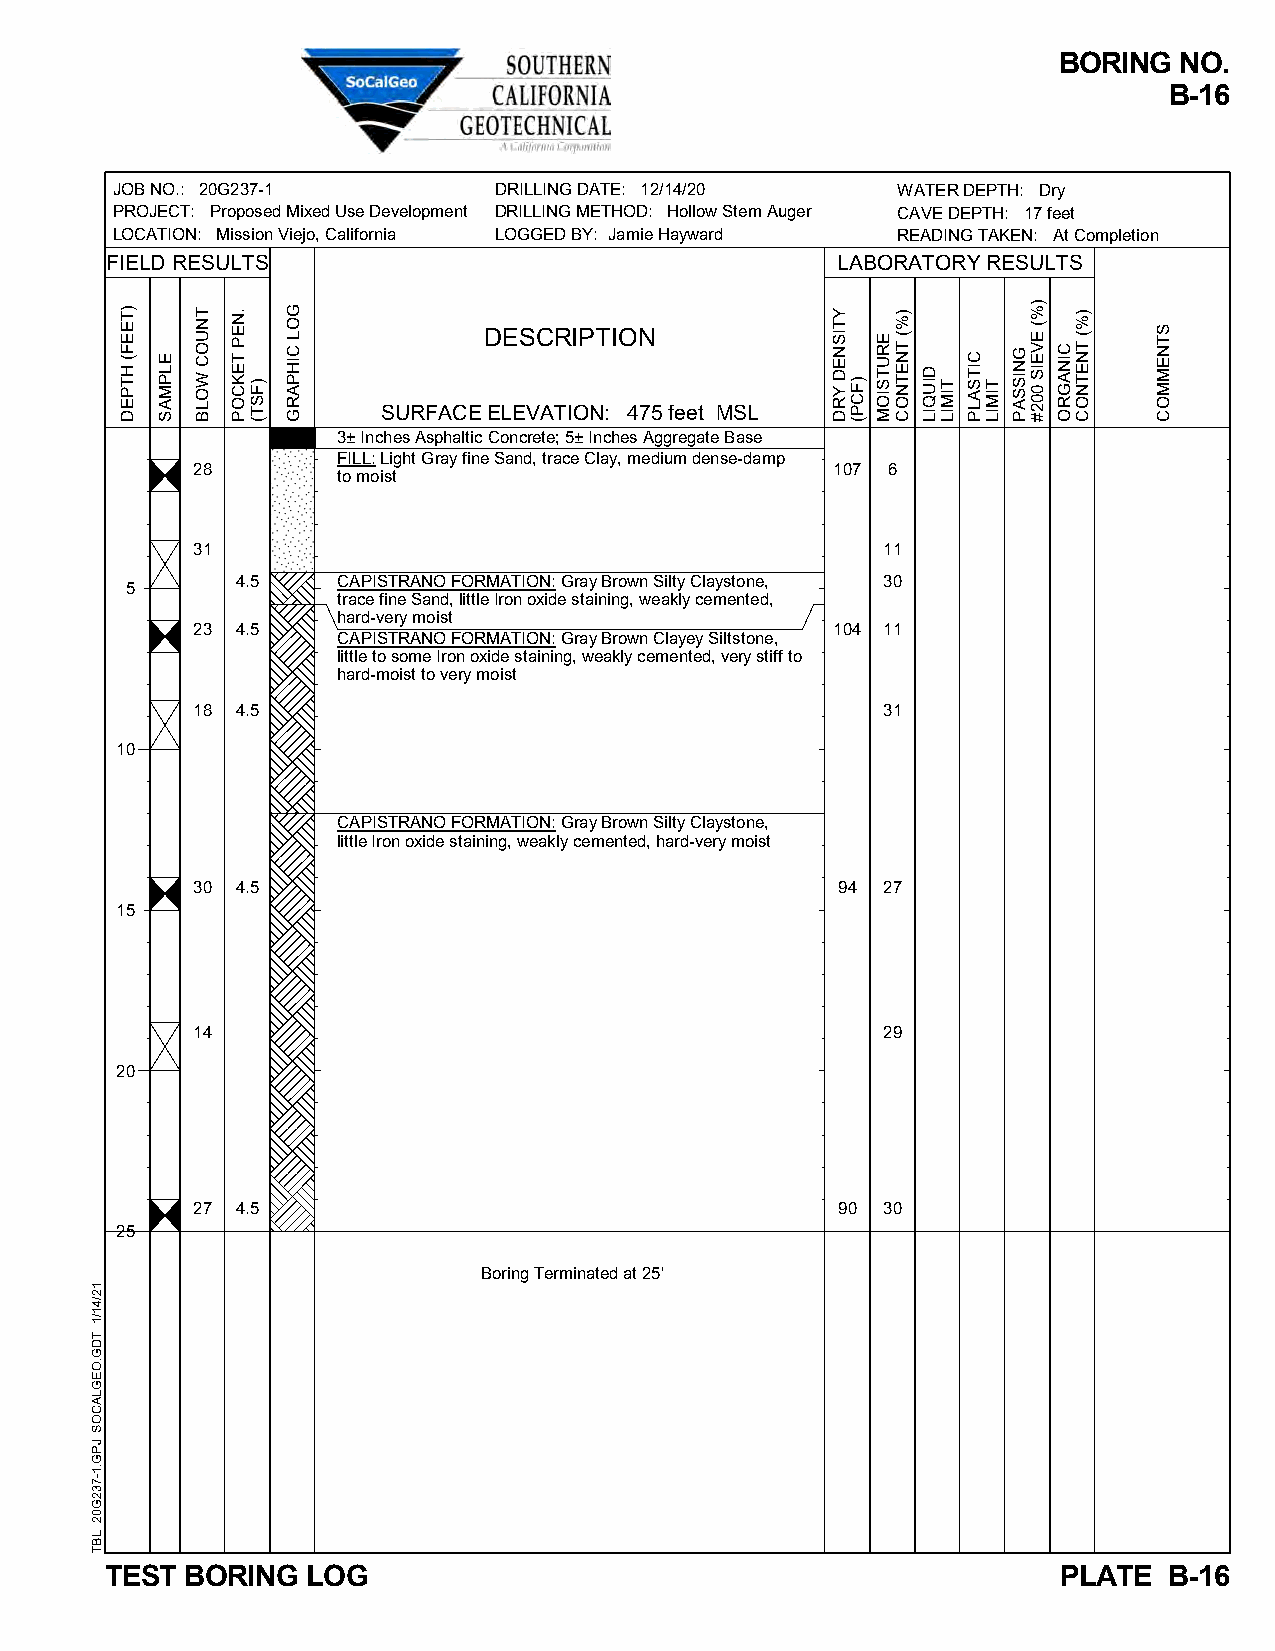
BORING  NO.
 B-16
 JOB NO.: 20G237-1         DRILLING DATE: 12/14/20   WATER DEPTH: Dry
 PROJECT: Proposed Mixed Use Development DRILLING METHOD: Hollow Stem Auger CAVE DEPTH: 17 feet
 LOCATION: Mission Viejo, California LOGGED BY: Jamie Hayward READING TAKEN: At Completion
 FIELD RESULTS                                   LABORATORY RESULTS
 DESCRIPTION
 SURFACE ELEVATION: 475 feet MSL
 3± Inches Asphaltic Concrete; 5± Inches Aggregate Base
 FILL: Light Gray fine Sand, trace Clay, medium dense-damp
 28                                        107 6
 to moist
 31                                           11
 4.5   CAPISTRANO FORMATION: Gray Brown Silty Claystone, 30
 5
 trace fine Sand, little Iron oxide staining, weakly cemented,
 hard-very moist
 23 4.5                                    104 11
 CAPISTRANO FORMATION: Gray Brown Clayey Siltstone,
 little to some Iron oxide staining, weakly cemented, very stiff to
 hard-moist to very moist
 18 4.5                                       31
 10
 CAPISTRANO FORMATION: Gray Brown Silty Claystone,
 little Iron oxide staining, weakly cemented, hard-very moist
 30 4.5                                    94 27
 15
 14                                           29
 20
 27 4.5                                    90 30
 25
 Boring Terminated at 25'
 TEST BORING  LOG                                               PLATE  B-16
 12/41/1
 TDG.OEGLACOS
 JPG.1-732G02
 LBT
 )TEEF(
 HTPED
 ELPMAS
 TNUOC
 WOLB
 .NEP
 TEKCOP
 )FST(
 GOL
 CIHPARG
 YTISNED
 YRD )FCP(
 ERUTSIOM
 )%(
 TNETNOC
 DIUQIL
 TIMIL
 CITSALP
 TIMIL
 GNISSAP
 )%(
 EVEIS
 002#
 CINAGRO
 )%(
 TNETNOC
 STNEMMOC